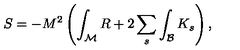
S = - M ^ { 2 } \left( \int _ { \mathcal M } R + 2 \sum _ { s } \int _ { \mathcal B } K _ { s } \right) ,